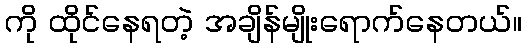
ကို ထိုင်နေရတဲ့ အချိန်မျိုးရောက်နေတယ်။